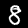
Label: 8